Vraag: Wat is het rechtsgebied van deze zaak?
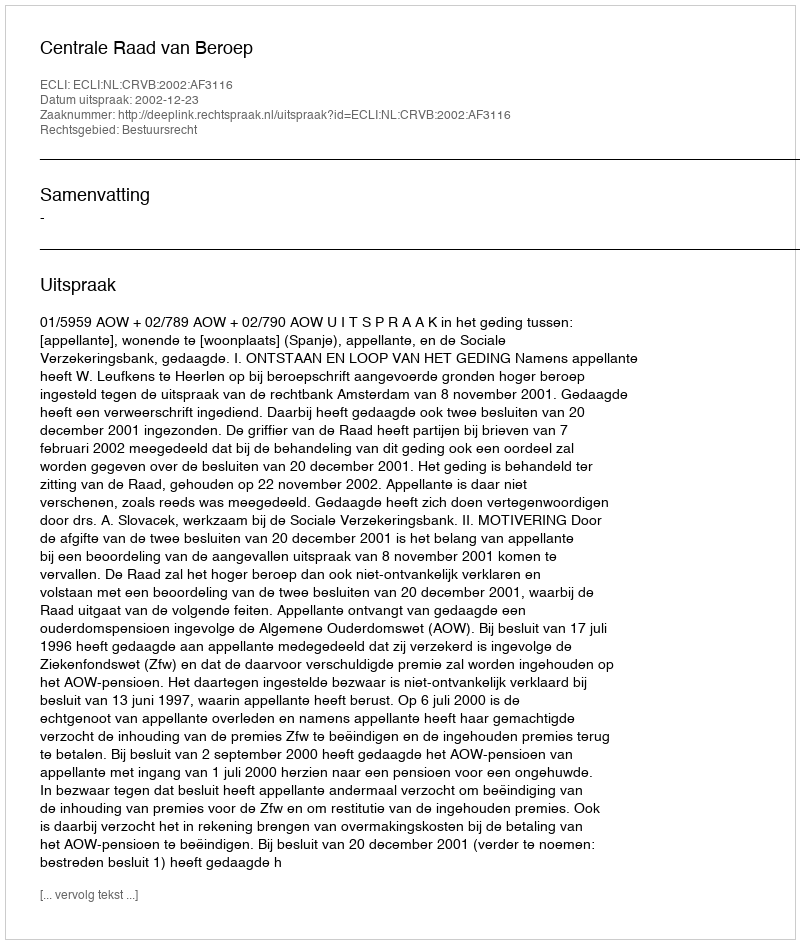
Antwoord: Bestuursrecht